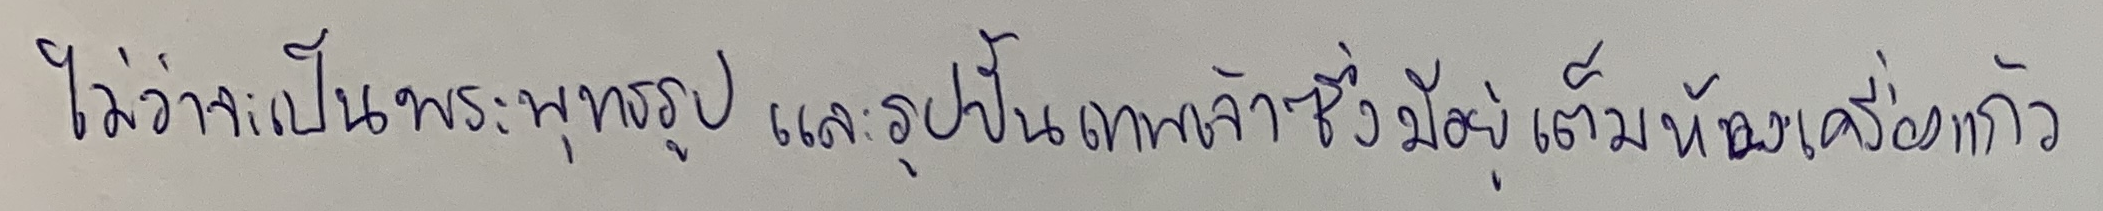
ไม่ว่าจะเป็นพระพุทธรูปและรูปปั้นเทพเจ้าซึ่งมีอยู่เต็มห้องเครื่องแก้ว